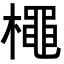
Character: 𭬌